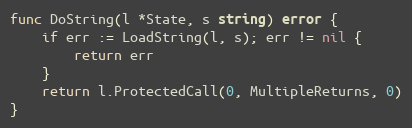
Language: Go
func DoString(l *State, s string) error {
	if err := LoadString(l, s); err != nil {
		return err
	}
	return l.ProtectedCall(0, MultipleReturns, 0)
}